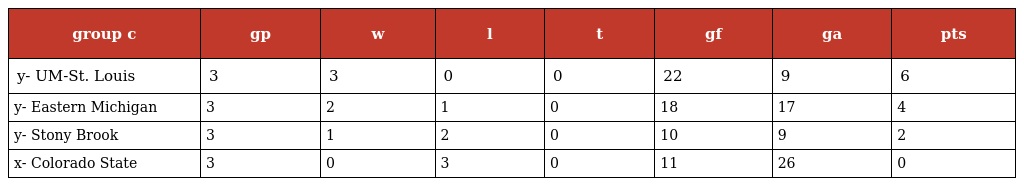
| group c | gp | w | l | t | gf | ga | pts |
 | --- | --- | --- | --- | --- | --- | --- | --- |
 | y- UM-St. Louis | 3 | 3 | 0 | 0 | 22 | 9 | 6 |
 | y- Eastern Michigan | 3 | 2 | 1 | 0 | 18 | 17 | 4 |
 | y- Stony Brook | 3 | 1 | 2 | 0 | 10 | 9 | 2 |
 | x- Colorado State | 3 | 0 | 3 | 0 | 11 | 26 | 0 |